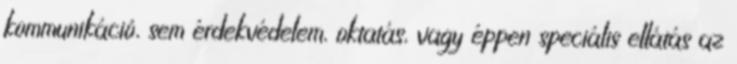
kommunikáció, sem érdekvédelem, oktatás, vagy éppen speciális ellátás az